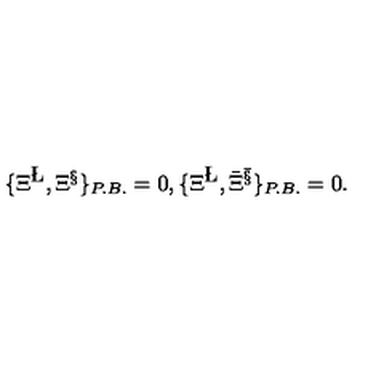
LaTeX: \{ \Xi ^ { \L } , \Xi ^ { \S } \} _ { P . B . } = 0 , \{ \Xi ^ { \L } , { \bar { \Xi } } ^ { \bar { \S } } \} _ { P . B . } = 0 .